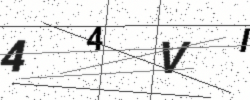
Text: 44VI